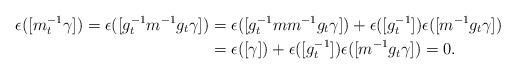
LaTeX: \begin{align*}\epsilon([ m_t^{-1} \gamma]) = \epsilon([ g_t^{-1} m^{-1} g_t \gamma]) &= \epsilon([ g_t^{-1}m m^{-1} g_t \gamma]) + \epsilon([ g_t^{-1}])\epsilon([m^{-1}g_t\gamma]) \\&= \epsilon([\gamma])+ \epsilon([g_t^{-1}])\epsilon([m^{-1}g_t\gamma]) = 0.\end{align*}